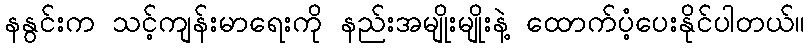
နနွင်းက သင့်ကျန်းမာရေးကို နည်းအမျိုးမျိုးနဲ့ ထောက်ပံ့ပေးနိုင်ပါတယ်။